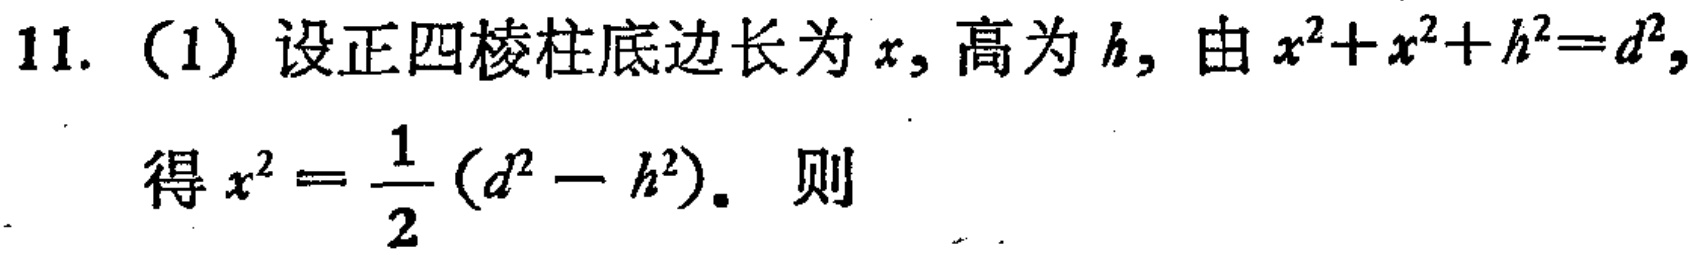
11. (1) 设正四棱柱底边长为 \(x\), 高为 \(h\), 由 \(x^{2}+x^{2}+h^{2}=d^{2}\),
得 \(x^{2}=\frac{1}{2}(d^{2}-h^{2})\). 则